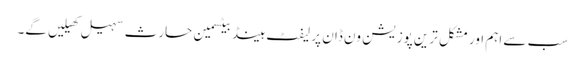
سب سے اہم اور مشکل ترین پوزیشن ون ڈان پر لیفٹ ہینڈ بیٹسمین حارث سہیل کھیلیں گے۔